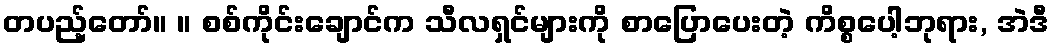
တပည့်တော်။ ။ စစ်ကိုင်းချောင်က သီလရှင်များကို စာပြောပေးတဲ့ ကိစ္စပေါ့ဘုရား, အဲဒီ